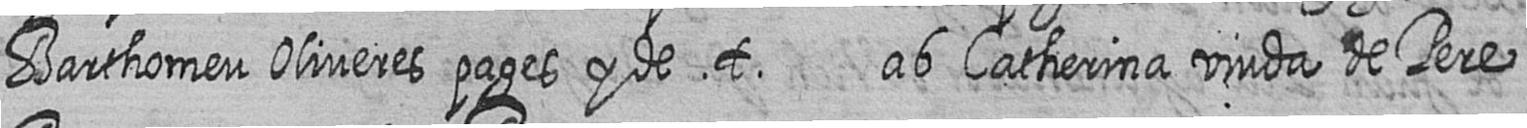
Barthomeu Oliveres pages y de t ab Catherina viuda de Pere